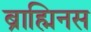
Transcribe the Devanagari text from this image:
ब्राह्मिनस